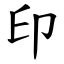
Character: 印